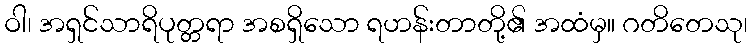
ဝါ၊ အရှင်သာရိပုတ္တရာ အစရှိသော ရဟန်းတာတို့၏ အထံမှ။ ဂတိတေသု၊